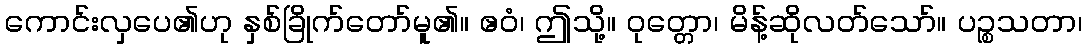
ကောင်းလှပေ၏ဟု နှစ်ခြိုက်တော်မူ၏။ ဧဝံ၊ ဤသို့။ ဝုတ္တော၊ မိန့်ဆိုလတ်သော်။ ပဉ္စသတာ၊